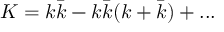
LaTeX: K = k \bar { k } - k \bar { k } ( k + \bar { k } ) + . . .